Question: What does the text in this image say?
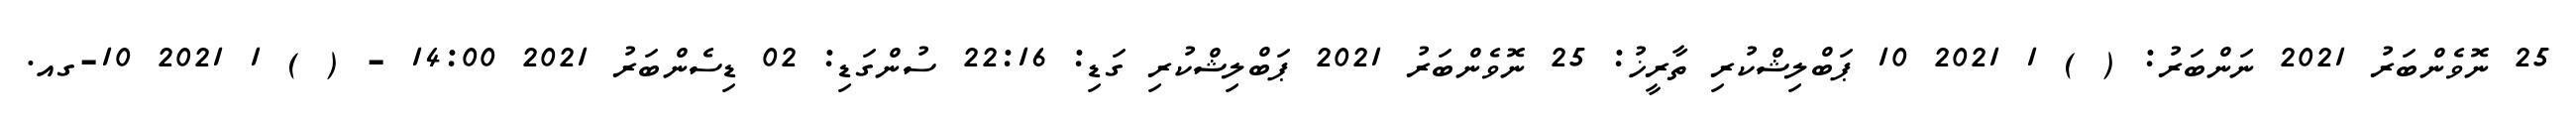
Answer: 25 ނޮވެންބަރު 2021 ނަންބަރު: ( ) 1 2021 10 ޕަބްލިޝްކުރި ތާރީޚު: 25 ނޮވެންބަރު 2021 ޕަބްލިޝްކުރި ގަޑި: 22:16 ސުންގަޑި: 02 ޑިސެންބަރު 2021 14:00 - ( ) 1 2021 10-ގއ.